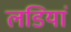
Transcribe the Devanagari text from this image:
लडियां